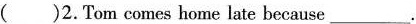
( )2.Tom comes home late because___